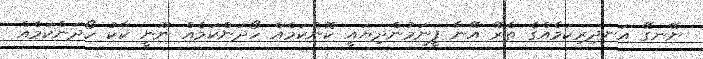
ނޭނގޭ އަނދިރިކަމެއްގެ ތެރޭ އޭނާ ފީނަމުންދިޔައީ ކޮންކަމެއް ހޯދަންކަމެއް ނޫނީ ކާކު ހޯދަންކަމެއް